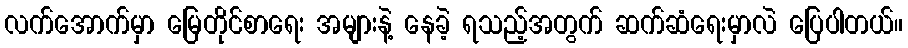
လက်အောက်မှာ မြေတိုင်စာရေး အများနဲ့ နေခဲ့ ရသည့်အတွက် ဆက်ဆံရေးမှာလဲ ပြေပါတယ်။